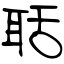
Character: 聒